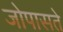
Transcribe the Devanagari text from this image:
जोपासते